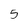
Character: 5